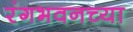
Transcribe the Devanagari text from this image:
रंगभवनच्या